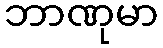
ဘာဏုမာ